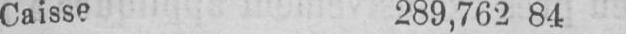
Caisse 289,762 84